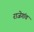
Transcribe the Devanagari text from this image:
राजेगांव